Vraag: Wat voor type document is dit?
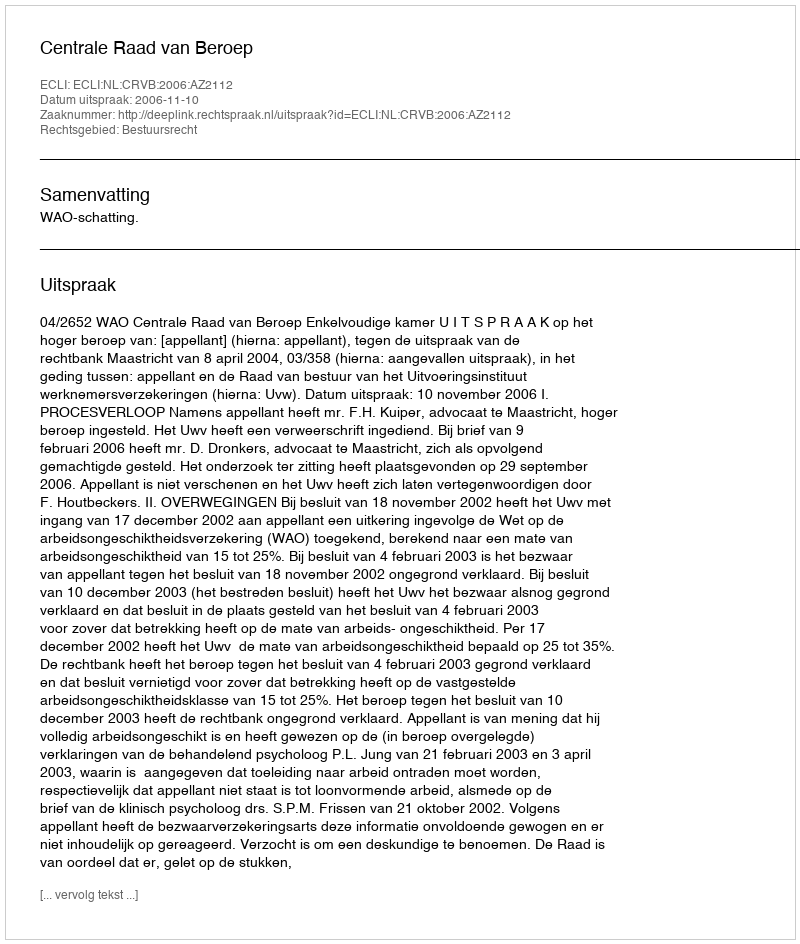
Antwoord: Uitspraak